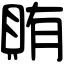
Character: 賄